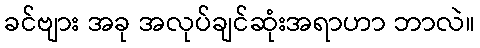
ခင်ဗျား အခု အလုပ်ချင်ဆုံးအရာဟာ ဘာလဲ။